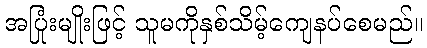
အပြုံးမျိုးဖြင့် သူမကိုနှစ်သိမ့်ကျေနပ်စေမည်။